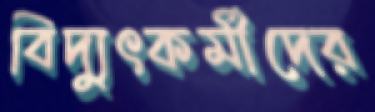
বিদ্যুৎকর্মীদের